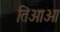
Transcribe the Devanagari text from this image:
तिआओ